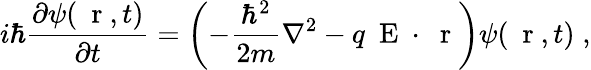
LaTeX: i\hbar\frac{\partial\psi(\mathrm{~\mathbf~r~},t)}{\partial t}=\left(-\frac{\hbar^{2}}{2m}\nabla^{2}-q\mathrm{~\mathbf~E~}\cdot\mathrm{~\mathbf~r~}\right)\psi(\mathrm{~\mathbf~r~},t)\; ,